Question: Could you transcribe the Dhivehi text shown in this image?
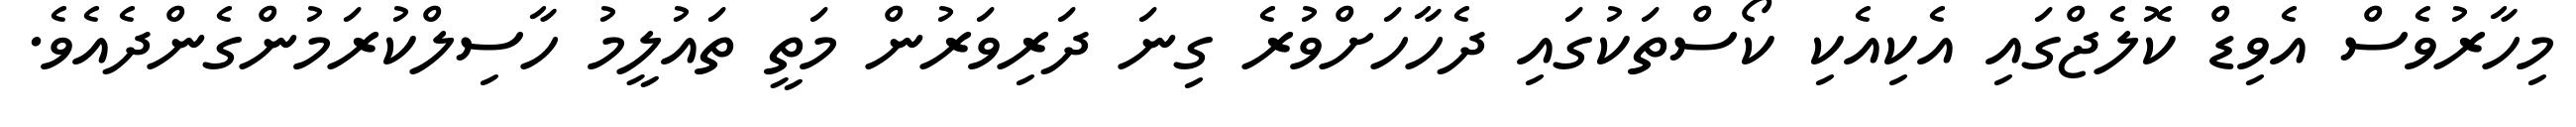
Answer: މިހާރުވެސް އެވިޑް ކޮލެޖްގައި އެކިއެކި ކޯސްތަކުގައި ދެހާހަށްވުރެ ގިނަ ދަރިވަރުން މަތީ ތައުލީމު ހާސިލްކުރަމުންގެންދެއެވެ.